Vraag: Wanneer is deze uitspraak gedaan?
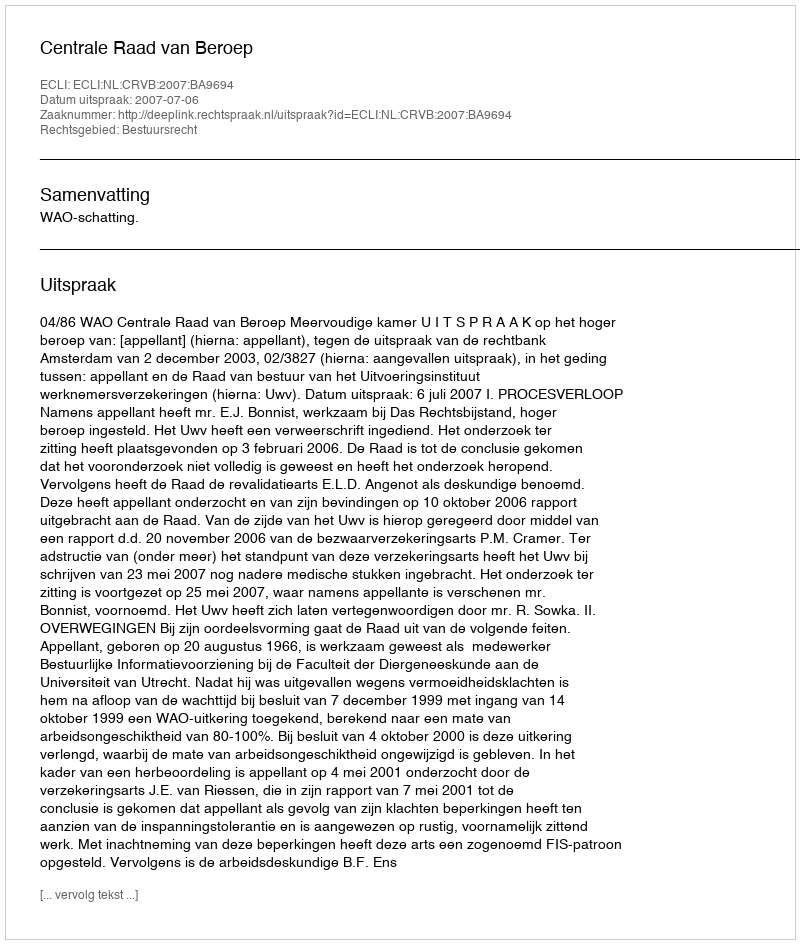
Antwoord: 2007-07-06